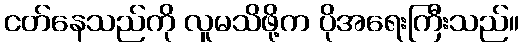
ငတ်နေသည်ကို လူမသိဖို့က ပိုအရေးကြီးသည်။